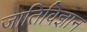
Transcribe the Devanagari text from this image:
जातिविज्ञान